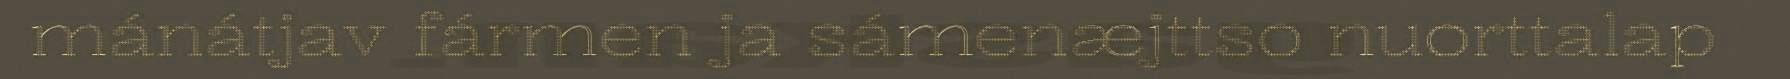
mánátjav fármen ja sámenæjttso nuorttalap